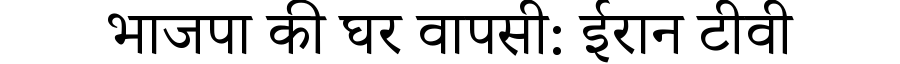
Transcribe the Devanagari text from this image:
भाजपा की घर वापसी: ईरान टीवी